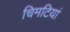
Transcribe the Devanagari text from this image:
चिमटियां